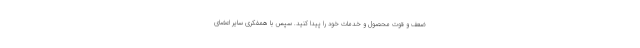
ضعف و قوت محصول و خدمات خود را پیدا کنید. سپس با همفکری سایر اعضای